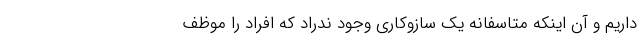
داریم و آن اینکه متاسفانه یک سازوکاری وجود ندراد که افراد را موظف